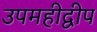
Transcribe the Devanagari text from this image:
उपमहीद्वीप